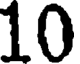
10